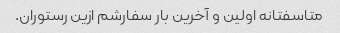
متاسفتانه اولین و آخرین بار سفارشم ازین رستوران.